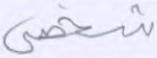
شخصي